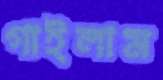
গাইলাম